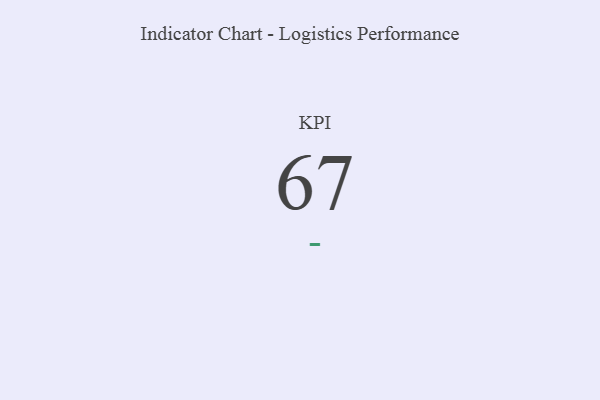
{"axis": {"x": "KPI", "y": "Value"}, "legend": [""], "data": [{"x": "KPI", "y": 67, "type": ""}]}